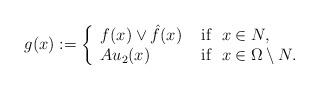
LaTeX: \begin{align*}g(x):=\left\{\begin{array}{ll}f(x) \vee \hat{f}(x) &\mbox{ if } \ x\in N,\\Au_2(x)&\mbox{ if } \ x\in \Omega\setminus N.\end{array}\right.\end{align*}